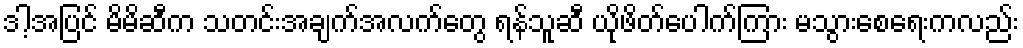
ဒါ့အပြင် မိမိဆီက သတင်းအချက်အလက်တွေ ရန်သူဆီ ယိုဖိတ်ပေါက်ကြား မသွားစေရေးကလည်း